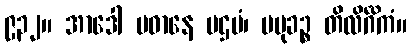
၉၃၂။ အာဒေါ ပဓာနေ ပဌမံ၊ ပမုခဉ္စ တိလိင်္ဂိကံ။